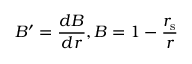
B ^ { \prime } = { \frac { d B } { d r } } , B = 1 - { \frac { r _ { \mathrm { { s } } } } { r } }